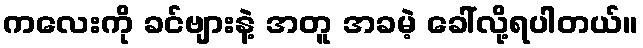
ကလေးကို ခင်ဗျားနဲ့ အတူ အခမဲ့ ခေါ်လို့ရပါတယ်။